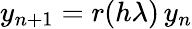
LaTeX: y_{n+1}=r(h\lambda)\, y_{n}